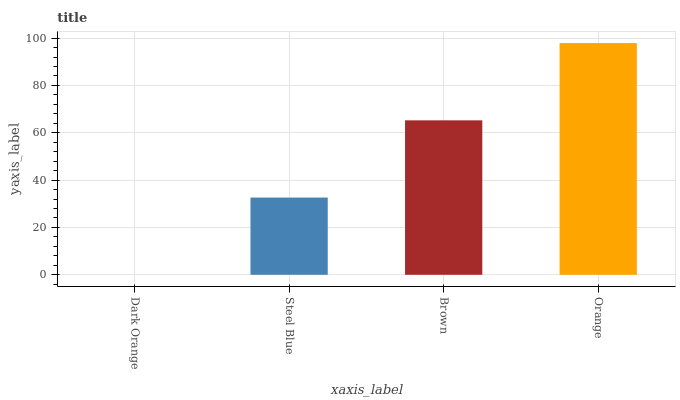
| xaxis_label | bars |
 | --- | --- |
 | Dark Orange | 0 |
 | Steel Blue | 32.6 |
 | Brown | 65.3 |
 | Orange | 97.9 |